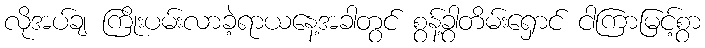
လိုအပ်ချ ကြိုးပမ်းလာခဲ့ရာယနေ့အခါတွင် စွန့်ခွာတိမ်းရှောင် ငါကြာမြင့်စွာ